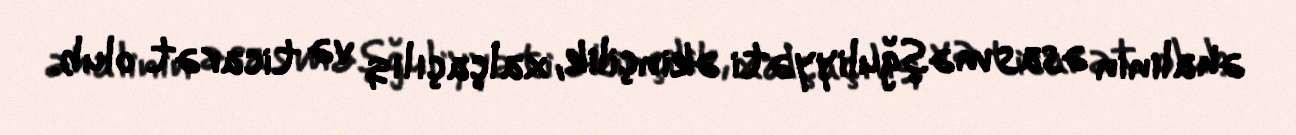
əhalinin əsas məşğuliyyəti əkinçilik, xalçaçılıq və ticarət olub.